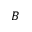
B